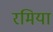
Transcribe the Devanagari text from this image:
रमिया